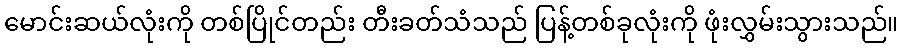
မောင်းဆယ်လုံးကို တစ်ပြိုင်တည်း တီးခတ်သံသည် ပြန့်တစ်ခုလုံးကို ဖုံးလွှမ်းသွားသည်။